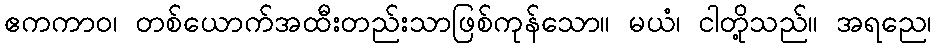
ဧကကာဝ၊ တစ်ယောက်အထီးတည်းသာဖြစ်ကုန်သော။ မယံ၊ ငါတို့သည်။ အရညေ၊